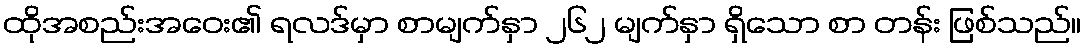
ထိုအစည်းအဝေး၏ ရလဒ်မှာ စာမျက်နှာ ၂၆၂ မျက်နှာ ရှိသော စာ တန်း ဖြစ်သည်။